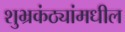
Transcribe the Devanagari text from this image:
शुभ्रकंठ्यांमधील